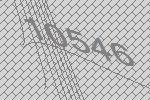
10546